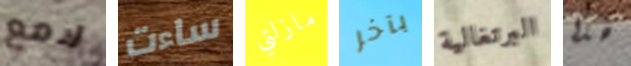
لامع ساءت مازلتي بآخر البرتغالية هذا